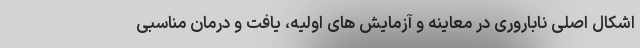
اشکال اصلی ناباروری در معاینه و آزمایش های اولیه، یافت و درمان مناسبی